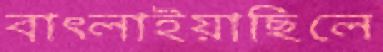
বাৎলাইয়াছিলে